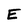
Character: E